Civil Veterinary Dept. Bombay admin report 1907-1913 - 1907-1913
Year: 1907
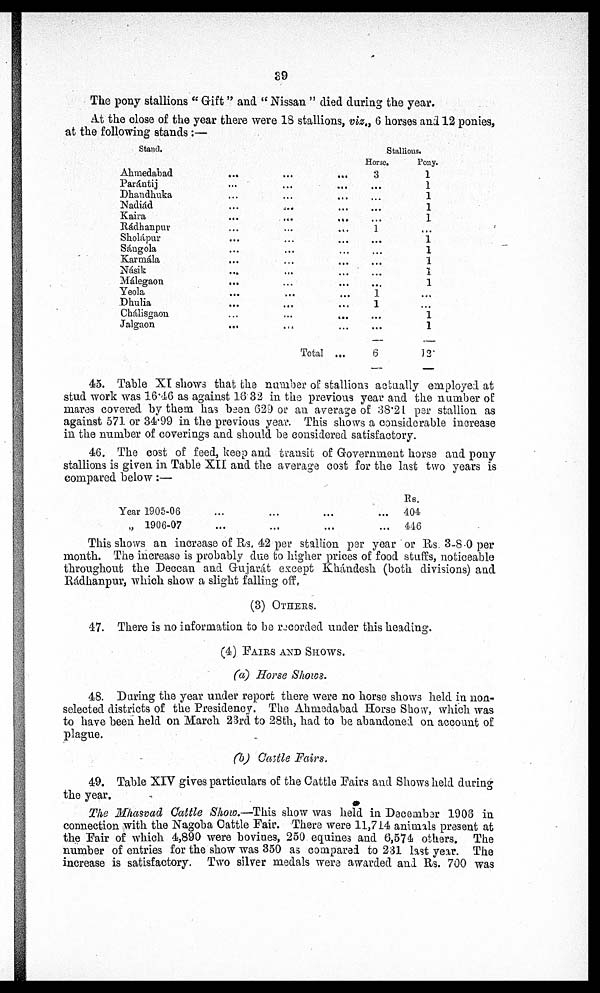
89
The pony stallions " Gift" and " Nissan " died during the year.
At the close of the year there were 18 stallions, via., 6 horses and 12 ponies,
at the following stands :—
Stand.
Ahmedabad
Parántij
Dhandhuka
Nadiád
Kaira
Rádhanpur
Sholápur
Sángola
Karmála
Násik
Málegaon
Yeola
Dhulia
Chálisgaon
Jalgaon
...
...
...
...
...
...
...
...
...
...
...
...
...
...
...
...
...
...
...
...
...
...
...
...
...
...
...
...
...
...
...
...
...
...
...
...
...
...
...
...
...
...
...
....
...
Total ...
Stallions.
Horse.
3
...
...
...
...
1
...
...
...
...
1
1
...
...
6
Pony.
1
1
1
1
1
...
1
1
1
1
1
...
...
1 1
32
45. Table XI shows that, the number of stallions actually employed at
stud work was 16.46 as against 16.32 in the previous year and the number of
mares covered by them has been 629 or an average of ;38.2l pe stallion as
against 571 or 34.99 in the previous year. This shows a considerable increase
in the number of coverings and should be considered satisfactory.
46. The cost of feed, keep and transit of Government horse and pony
stallions is given in Table XII and the average cost for the last two years is
compared below:—
Year 1905-06
„ 1906-07
...
...
...
...
...
...
...
...
Rs.
404
440
This shows an increase of Rs. 42 per stallion per year or Rs. 3-8-0 per
month. The increase is probably due bo higher prices of food stuffs, noticeable
throughout the Deccan and Gujarát except Khándesh (both divisions) and
Rádhanpur, which show a slight falling off,
(3) OTHERS.
47. There is no information to be recorded under this heading.
(4) PAIRS AND SHOWS.
(a) Horse Shows.
48. During the year under report there were no horse shows held in non-
selected districts of the Presidency. The Ahmedabad Horse Show, which was
to have been held on March 23rd to 28th, had to be abandoned on account of
plague.
(b) Cattle Fairs.
49. Table XIV gives particulars of the Cattle Pairs and Shows held during
the year.
The Mhasvad Cattle Show.—This show was held in December 1908 in
connection with the Nagoba Cattle Fair. There were 11,714 animals present at
the Pair of which 4,890 were bovines, 250 equines and 6,574 others. The
number of entries for the show was 350 as compared to 231 last year. The
increase is satisfactory. Two silver medals were awarded and Rs. 700 was